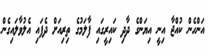
އަންހެން ކުއްޖާ އިނީ އިޔަންގެ ދާދި ކައިރީގައި ފާލަމުގެ ތިރިއަށް ދެފައި އެލުވާލައިގެން